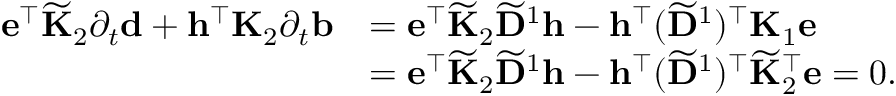
\begin{array} { r l } { \mathbf { e } ^ { \top } \widetilde { \mathbf { K } } _ { 2 } \partial _ { t } \mathbf { d } + \mathbf { h } ^ { \top } \mathbf { K } _ { 2 } \partial _ { t } \mathbf { b } } & { = \mathbf { e } ^ { \top } \widetilde { \mathbf { K } } _ { 2 } \widetilde { \mathbf { D } } ^ { 1 } \mathbf { h } - { \mathbf { h } ^ { \top } ( \widetilde { \mathbf { D } } ^ { 1 } ) ^ { \top } } \mathbf { K } _ { 1 } \mathbf { e } } \\ & { = \mathbf { e } ^ { \top } \widetilde { \mathbf { K } } _ { 2 } \widetilde { \mathbf { D } } ^ { 1 } \mathbf { h } - { \mathbf { h } ^ { \top } ( \widetilde { \mathbf { D } } ^ { 1 } ) ^ { \top } \widetilde { \mathbf { K } } _ { 2 } ^ { \top } } \mathbf { e } = 0 . } \end{array}